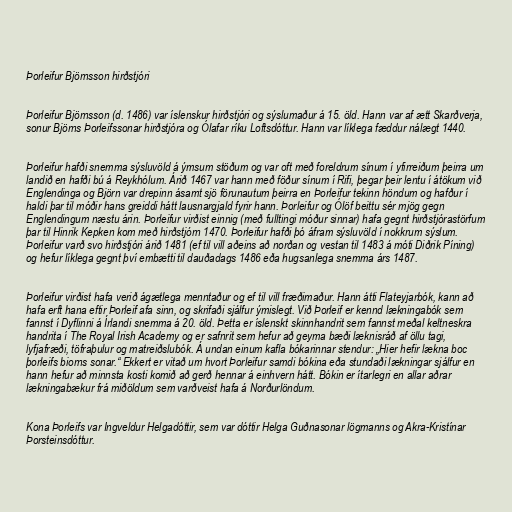
Þorleifur Björnsson hirðstjóri

Þorleifur Björnsson (d. 1486) var íslenskur hirðstjóri og sýslumaður á 15. öld. Hann var af ætt Skarðverja,
sonur Björns Þorleifssonar hirðstjóra og Ólafar ríku Loftsdóttur. Hann var líklega fæddur nálægt 1440.

Þorleifur hafði snemma sýsluvöld á ýmsum stöðum og var oft með foreldrum sínum í yfirreiðum þeirra um
landið en hafði bú á Reykhólum. Árið 1467 var hann með föður sínum í Rifi, þegar þeir lentu í átökum við
Englendinga og Björn var drepinn ásamt sjö förunautum þeirra en Þorleifur tekinn höndum og hafður í
haldi þar til móðir hans greiddi hátt lausnargjald fyrir hann. Þorleifur og Ólöf beittu sér mjög gegn
Englendingum næstu árin. Þorleifur virðist einnig (með fulltingi móður sinnar) hafa gegnt hirðstjórastörfum
þar til Hinrik Kepken kom með hirðstjórn 1470. Þorleifur hafði þó áfram sýsluvöld í nokkrum sýslum.
Þorleifur varð svo hirðstjóri árið 1481 (ef til vill aðeins að norðan og vestan til 1483 á móti Diðrik Píning)
og hefur líklega gegnt því embætti til dauðadags 1486 eða hugsanlega snemma árs 1487.

Þorleifur virðist hafa verið ágætlega menntaður og ef til vill fræðimaður. Hann átti Flateyjarbók, kann að
hafa erft hana eftir Þorleif afa sinn, og skrifaði sjálfur ýmislegt. Við Þorleif er kennd lækningabók sem
fannst í Dyflinni á Írlandi snemma á 20. öld. Þetta er íslenskt skinnhandrit sem fannst meðal keltneskra
handrita í The Royal Irish Academy og er safnrit sem hefur að geyma bæði læknisráð af öllu tagi,
lyfjafræði, töfraþulur og matreiðslubók. Á undan einum kafla bókarinnar stendur: „Hier hefir lækna boc
þorleifs biorns sonar.“ Ekkert er vitað um hvort Þorleifur samdi bókina eða stundaði lækningar sjálfur en
hann hefur að minnsta kosti komið að gerð hennar á einhvern hátt. Bókin er ítarlegri en allar aðrar
lækningabækur frá miðöldum sem varðveist hafa á Norðurlöndum.

Kona Þorleifs var Ingveldur Helgadóttir, sem var dóttir Helga Guðnasonar lögmanns og Akra-Kristínar
Þorsteinsdóttur.